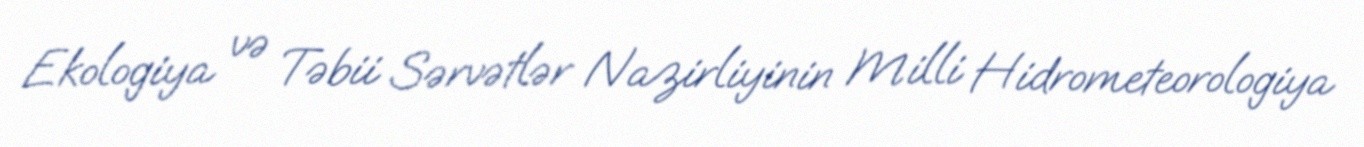
Ekologiya və Təbii Sərvətlər Nazirliyinin Milli Hidrometeorologiya